Investigations on Bengal jail dietaries - Number 37
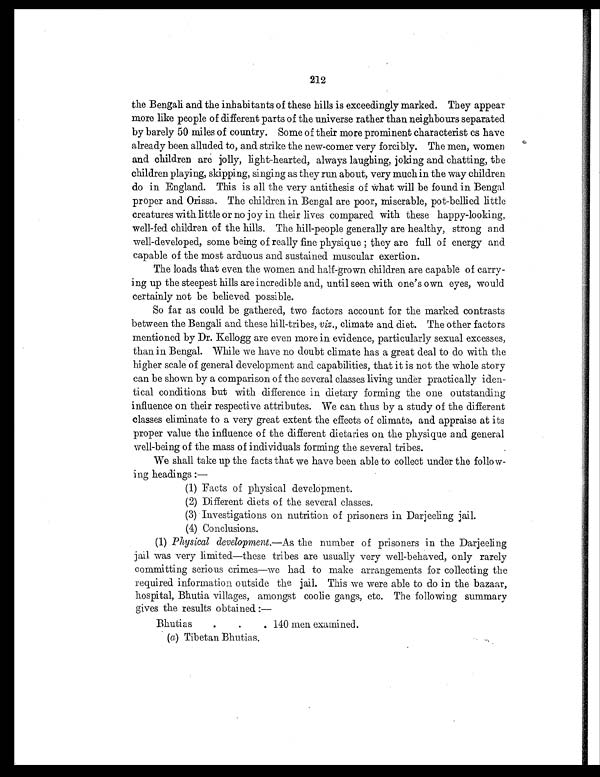
212
the Bengali and the inhabitants of these hills is exceedingly marked. They appear
more like people of different parts of the universe rather than neighbours separated
by barely 50 miles of country. Some of their more prominent characterist cs have
already been alluded to, and strike the new-comer very forcibly. The men, women
and children are jolly, light-hearted, always laughing, joking and chatting, the
children playing, skipping, singing as they run about, very much in the way children
do in England. This is all the very antithesis of What will be found in Bengal
proper and Orissa. The children in Bengal are poor, miserable, pot-bellied little
creatures with little or no joy in their lives compared with these happy-looking,
well-fed children of the hills. The hill-people generally are healthy, strong and
well-developed, some being of really fine physique ; they are full of energy and
capable of the most arduous and sustained muscular exertion.
The loads that even the women and half-grown children are capable of carry
-i ng up the steepest hills are incredible and, until seen with one's own eyes, would
certainly not be believed possible.
So far as could be gathered, two factors account for the marked contrasts
between the Bengali and these hill-tribes, viz., climate and diet. The other factors
mentioned by Dr. Kellogg are even more in evidence, particularly sexual excesses,
than in Bengal. While we have no doubt climate has a great deal to do with the
higher scale of general development and capabilities, that it is not the whole story
can be shown by a comparison of the several classes living under practically iden-
tical conditions but with difference in dietary forming the one outstanding
influence on their respective attributes. We can thus by a study of the different
classes eliminate to a very great extent the effects of climate, and appraise at its
proper value the influence of the different dietaries on the physique and general
well-being of the mass of individuals forming the several tribes.
We shall take up the facts that we have been able to collect under the follow-
ing headings :—
(1) Facts of physical development.
(2) Different diets of the several classes.
(3) Investigations on nutrition of prisoners in Darjeeling jail.
(4) Conclusions.
(1) Physical development.—As the number of prisoners in the Darjeeling
jail was very limited—these tribes are usually very well-behaved, only rarely
committing serious crimes—we had. to make arrangements for collecting the
required information outside the jail. This we were able to do in the bazaar,
hospital, Bhutia villages, amongst coolie gangs, etc. The following summary
gives the results obtained :—
Bhutias
.
.
. 140 men examined.
(a) Tibetan Bhutias.